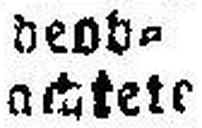
achtete